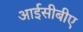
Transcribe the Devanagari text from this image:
आईसीबीए